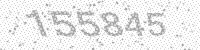
Solution: 155845